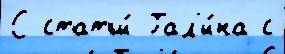
С статьи́ Гал'и́на с